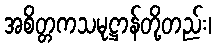
အစိတ္တကသမုဋ္ဌာန်တို့တည်း၊